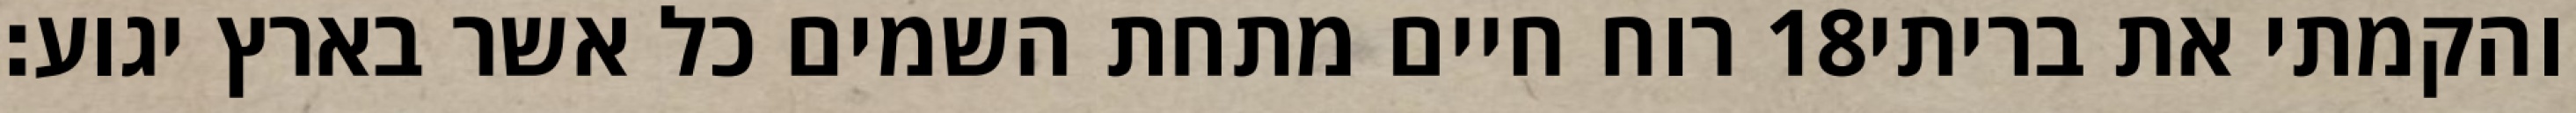
רוח חיים מתחת השמים כל אשר בארץ יגוע׃ ‎18‏ והקמתי את בריתי